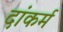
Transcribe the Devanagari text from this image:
दांकर्म